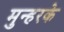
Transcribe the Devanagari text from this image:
मुन्हरके